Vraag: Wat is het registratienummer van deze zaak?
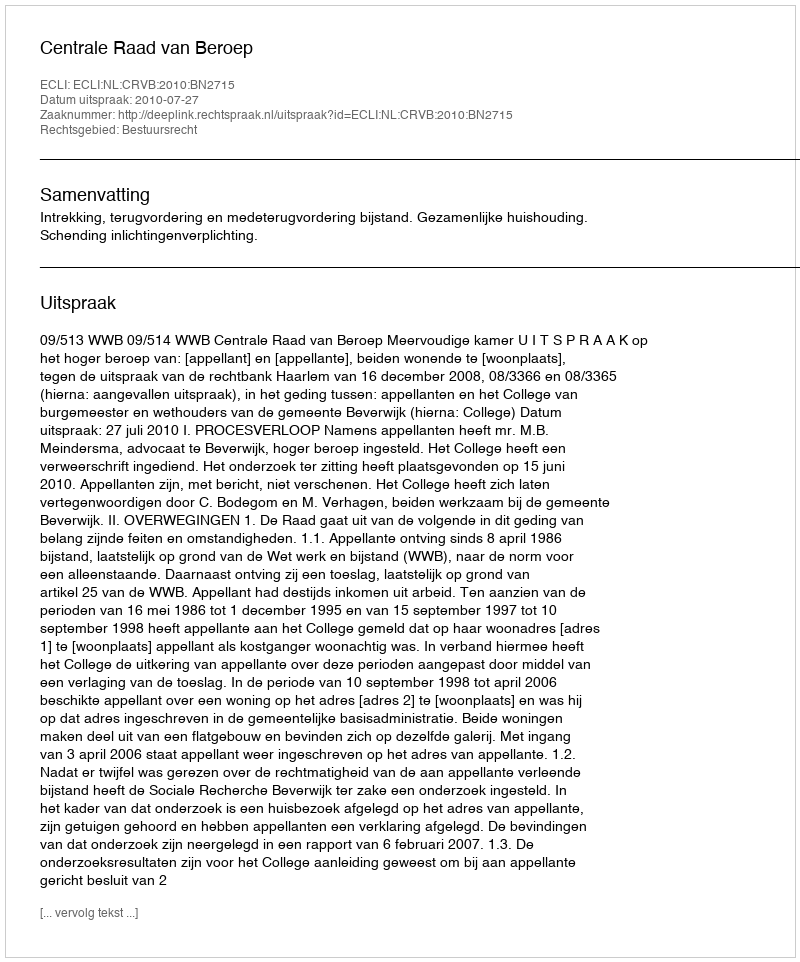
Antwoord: http://deeplink.rechtspraak.nl/uitspraak?id=ECLI:NL:CRVB:2010:BN2715